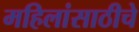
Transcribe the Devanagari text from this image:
महिलांसाठीचे